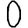
Digit: 0